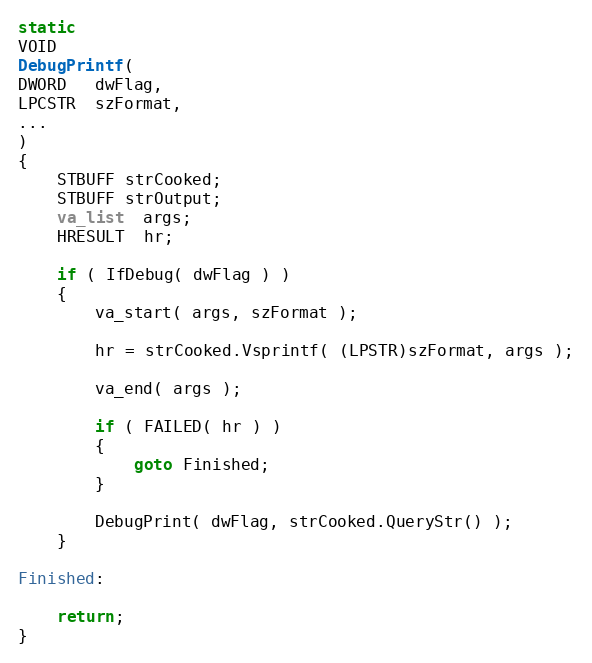
Language: C
static
VOID
DebugPrintf(
DWORD   dwFlag,
LPCSTR  szFormat,
...
)
{
    STBUFF strCooked;
    STBUFF strOutput;
    va_list  args;
    HRESULT  hr;

    if ( IfDebug( dwFlag ) )
    {
        va_start( args, szFormat );

        hr = strCooked.Vsprintf( (LPSTR)szFormat, args );

        va_end( args );

        if ( FAILED( hr ) )
        {
            goto Finished;
        }

        DebugPrint( dwFlag, strCooked.QueryStr() );
    }

Finished:

    return;
}